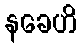
နခေဟိ